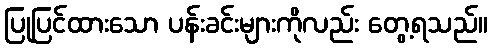
ပြုပြင်ထားသော ပန်းခင်းများကိုလည်း တွေ့ရသည်။